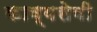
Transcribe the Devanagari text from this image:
काव्यसेवी